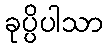
ခုပ္ပိပါသာ